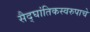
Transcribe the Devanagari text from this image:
सैद्घांतिकस्वरुपाचे